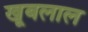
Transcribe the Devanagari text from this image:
खूबलाल